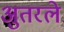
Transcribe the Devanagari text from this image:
अुतरले